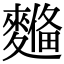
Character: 𪍞